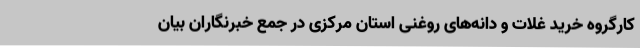
کارگروه خرید غلات و دانه‌های روغنی استان مرکزی در جمع خبرنگاران بیان